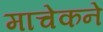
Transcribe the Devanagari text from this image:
माचेकने